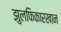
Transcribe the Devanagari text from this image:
झुलफिकारखान